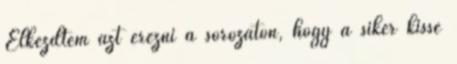
Elkezdtem azt érezni a sorozaton, hogy a siker kissé